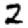
Digit: 2